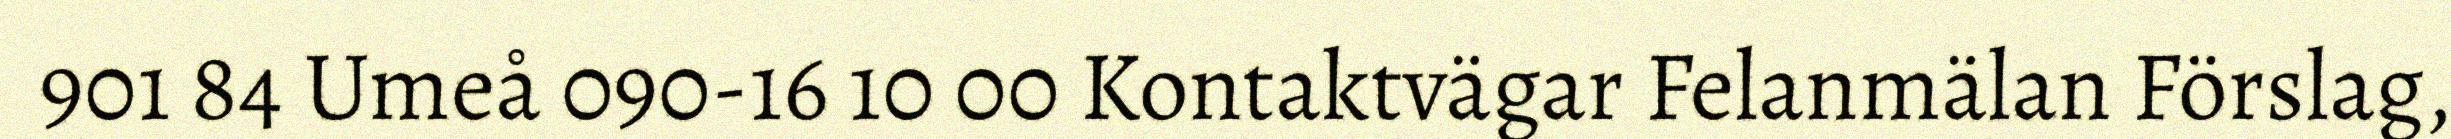
901 84 Umeå 090-16 10 00 Kontaktvägar Felanmälan Förslag,